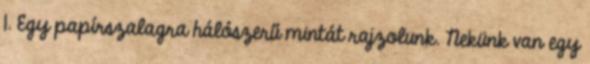
1. Egy papírszalagra hálószerű mintát rajzolunk. Nekünk van egy